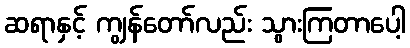
ဆရာနှင့် ကျွန်တော်လည်း သွားကြတာပေါ့